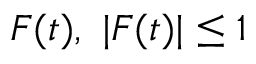
F ( t ) , \ \vert F ( t ) \vert \leq 1